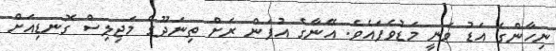
ނިހާންގެ އަޑު ވަނީ މަޑުވެފައެވެ. އޭނާގެ އުފަން ރަށް ތިނަދޫގެ މަޖިލިސް ގޮނޑިއަށް